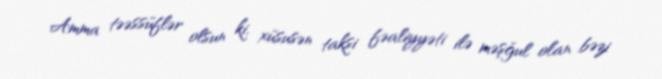
Amma təəssüflər olsun ki, xüsusən taksi fəaliyyəti ilə məşğul olan bəzi